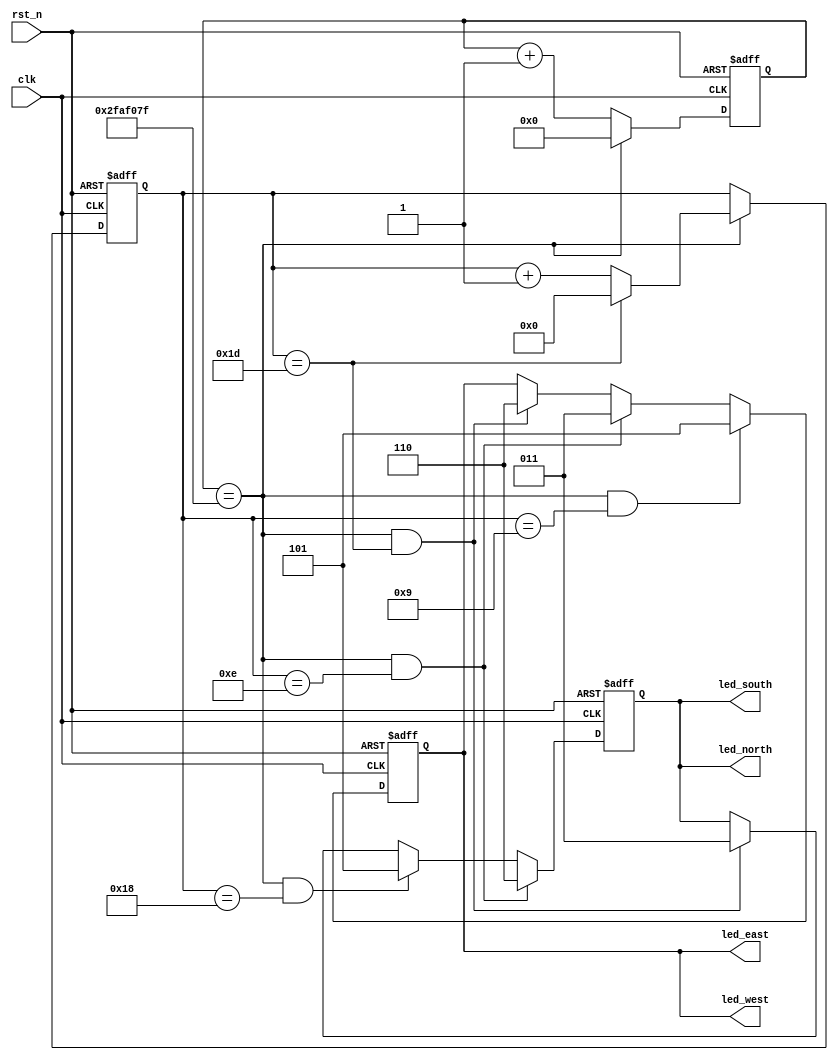
module trafficled2(
    clk    ,
    rst_n  ,

    led_east    ,
    led_south   ,
    led_west    ,
    led_north
    );

    parameter      TIME_1S =  50000000;

    input               clk     ;
    input               rst_n   ;

    output[2:0]        led_east     ;
    output[2:0]        led_south    ;
    output[2:0]        led_west     ;
    output[2:0]        led_north    ;

    reg [2:0]        led_east     ;
    reg [2:0]        led_south    ;
    wire[2:0]        led_west     ;
    wire[2:0]        led_north    ;

    reg   [25:0]        cnt     ;
	 reg   [4:0]         cnt_1s;

    wire                time_1s ;

	 //count 1 second
    always @(posedge clk or negedge rst_n)begin
        if(!rst_n)begin
            cnt <= 0;
        end
        else begin
            if(time_1s)
                cnt <= 0;
            else
                cnt <= cnt + 1;
        end
    end

    assign time_1s = cnt == TIME_1S-1;

    always @(posedge clk or negedge rst_n)begin
        if(!rst_n)begin
            cnt_1s <= 0;
        end
        else if(time_1s) begin
            if(cnt_1s == 30-1)
                cnt_1s <= 0;
            else
                cnt_1s <= cnt_1s + 1;
        end
    end	 
	 

    ////////////////////////////////////////////////////
    //east control rst green
	 
    always@(posedge clk or negedge rst_n)begin
        if(rst_n==1'b0)begin
            led_east <= 3'b110;
        end
        else if(time_1s && cnt_1s == 10-1) begin
            led_east <= 3'b101;
        end
        else if(time_1s && cnt_1s == 15-1) begin
            led_east <= 3'b011;
        end
        else if(time_1s && cnt_1s == 30-1) begin
            led_east <= 3'b110;
        end
    end

    ////////////////////////////////////////////////////
    //south control rst red
    always@(posedge clk or negedge rst_n)begin
        if(rst_n==1'b0)begin
            led_south <= 3'b011;
        end
        else if(time_1s && cnt_1s == 15-1) begin
            led_south <= 3'b110;
        end
        else if(time_1s && cnt_1s == 25-1) begin
            led_south <= 3'b101;
        end
        else if(time_1s && cnt_1s == 30-1) begin
            led_south <= 3'b011;
        end
    end

    ////////////////////////////////////////////////////
    //west control rst green 
		assign led_west = led_east;
	 
    ////////////////////////////////////////////////////  
	 //north control rst red
		assign led_north = led_south;

    endmodule